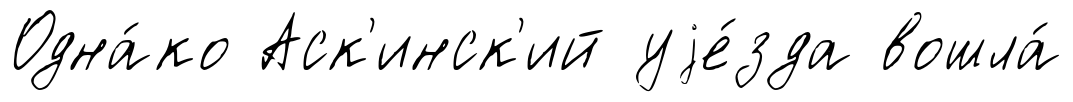
Одна́ко Аск'инск'ий уjе́зда вошла́